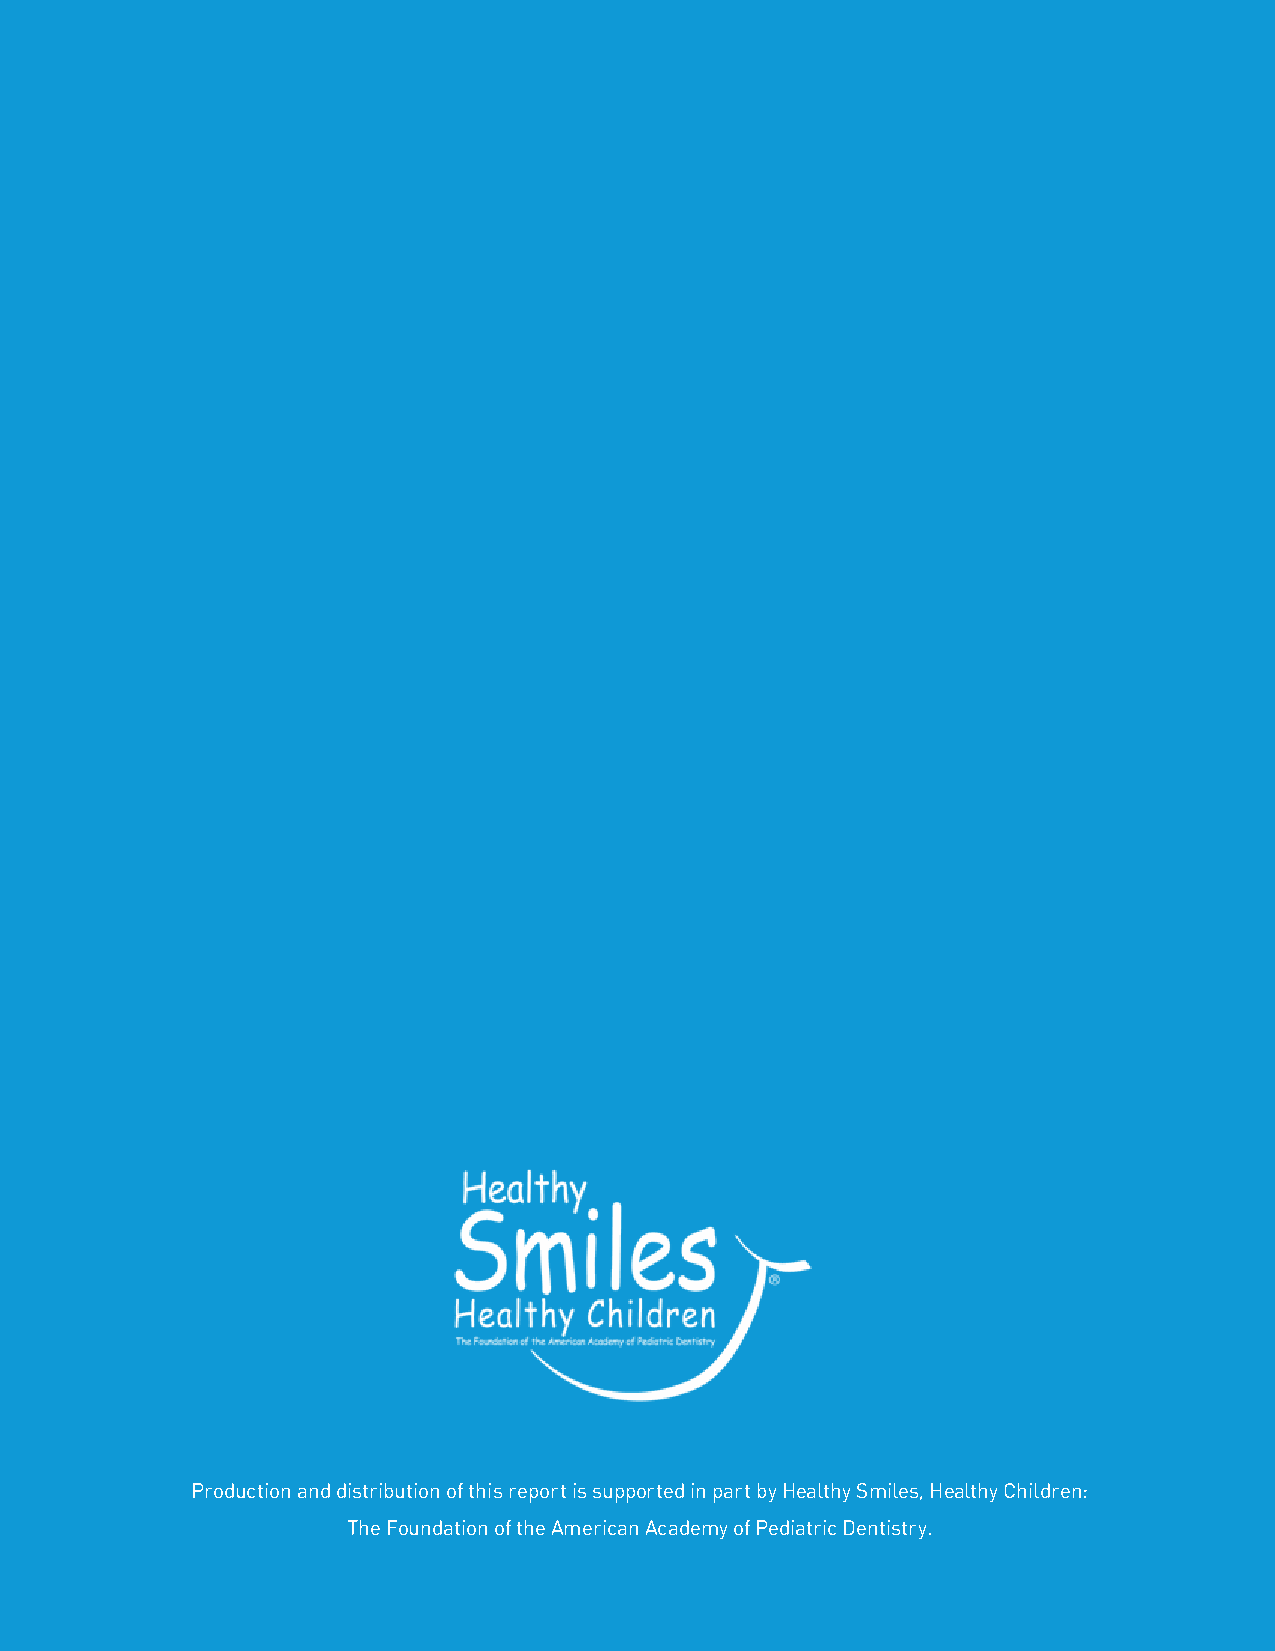
Production and distribution of this report is supported in part by healthy Smiles, healthy Children:
 The foundation of the american academy of Pediatric Dentistry.